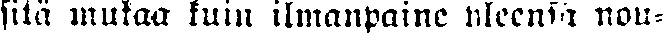
fitä mukaa kuin ilmanpaine yleensä nou-